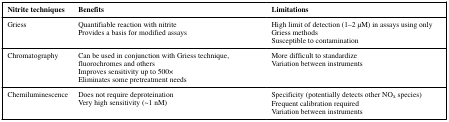
<table><thead><tr><td><b>Nitrite techniques</b></td><td><b>Benefits</b></td><td><b>Limitations</b></td></tr></thead><tbody><tr><td>Griess</td><td>Quantifiable reaction with nitriteProvides a basis for modified assays</td><td>High limit of detection (1–2 μM) in assays using only Griess methodsSusceptible to contamination</td></tr><tr><td>Chromatography</td><td>Can be used in conjunction with Griess technique, fluorochromes and othersImproves sensitivity up to 500×Eliminates some pretreatment needs</td><td>More difficult to standardizeVariation between instruments</td></tr><tr><td>Chemiluminescence</td><td>Does not require deproteinationVery high sensitivity (~1 nM)</td><td>Specificity (potentially detects other NO<sub>x</sub> species)Frequent calibration requiredVariation between instruments</td></tr></tbody></table>